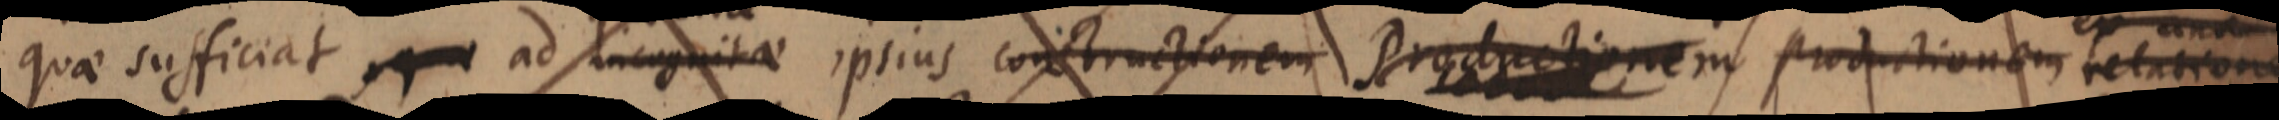
quae sufficiat ad incognita ipsius constructionem Productionem. productionem relatione